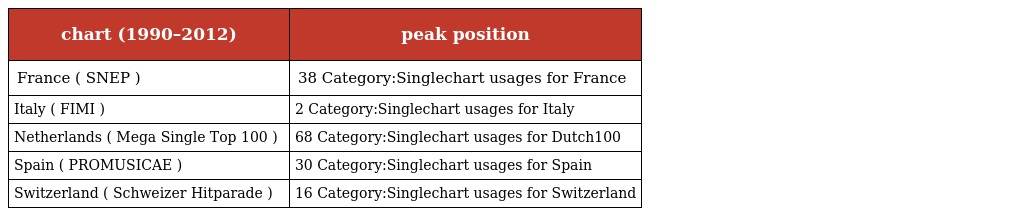
| chart (1990–2012) | peak position |
 | --- | --- |
 | France ( SNEP ) | 38 Category:Singlechart usages for France |
 | Italy ( FIMI ) | 2 Category:Singlechart usages for Italy |
 | Netherlands ( Mega Single Top 100 ) | 68 Category:Singlechart usages for Dutch100 |
 | Spain ( PROMUSICAE ) | 30 Category:Singlechart usages for Spain |
 | Switzerland ( Schweizer Hitparade ) | 16 Category:Singlechart usages for Switzerland |